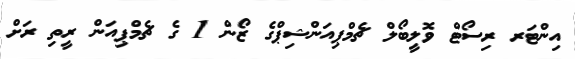
އިންޓަރ ރިސޯޓް ވޮލީބޯލް ޗެމްޕިއަންޝިޕްގެ ޒޯން 1 ގެ ޗެމްޕިއަން ރީތި ރަށް